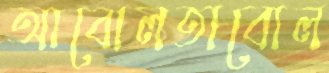
আবোলতাবোল